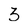
Character: 3